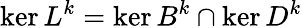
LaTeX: \ker L^{k}=\ker B^{k}\cap\ker D^{k}